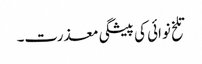
تلخ نوائی کی پیشگی معذرت۔